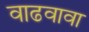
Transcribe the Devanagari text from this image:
वाढवावा